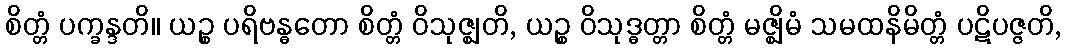
စိတ္တံ ပက္ခန္ဒတိ။ ယဉ္စ ပရိဗန္ဓတော စိတ္တံ ဝိသုဇ္ဈတိ, ယဉ္စ ဝိသုဒ္ဓတ္တာ စိတ္တံ မဇ္ဈိမံ သမထနိမိတ္တံ ပဋိပဇ္ဇတိ,